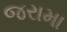
જરામા